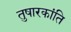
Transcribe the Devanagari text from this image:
तुषारकांति